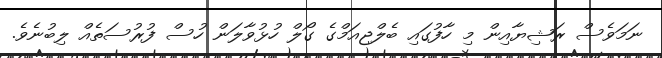
ނަމަވެސް ރަޝިޔާއިން މި ހާފުގައި ބެލްޖިއަމްގެ ގޯލް ހުޅުވާލަން ހުސް ފުރުސަތެއް ލިބުނެވެ.